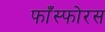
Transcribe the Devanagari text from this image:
फाँस्फोरस